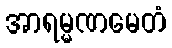
အာရမ္မဏမေတံ